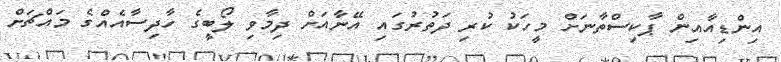
އިންޑިއާއިން ޕާކިސްތާނަށް މީހަކު ކުރި ދަތުރުގައި އޭނާއަށް ދިމާވި ލޯބީގެ ހާދިސާއެއްގެ މައްޗަށް